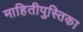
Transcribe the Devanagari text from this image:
माहितीपुस्तिका